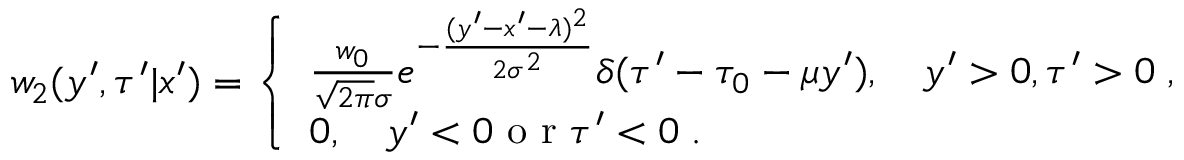
w _ { 2 } ( y ^ { \prime } , \tau ^ { \prime } | x ^ { \prime } ) = \left\{ \begin{array} { l } { { \frac { w _ { 0 } } { \sqrt { 2 \pi } \sigma } } e ^ { - { \frac { ( y ^ { \prime } - x ^ { \prime } - \lambda ) ^ { 2 } } { 2 \sigma ^ { 2 } } } } \delta ( \tau ^ { \prime } - \tau _ { 0 } - \mu y ^ { \prime } ) , \quad y ^ { \prime } > 0 , \tau ^ { \prime } > 0 \; , } \\ { 0 , \quad y ^ { \prime } < 0 \mathrm { ~ o ~ r ~ } \tau ^ { \prime } < 0 \; . } \end{array} \right.